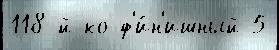
118-й ко ф'и́н'ишный 5